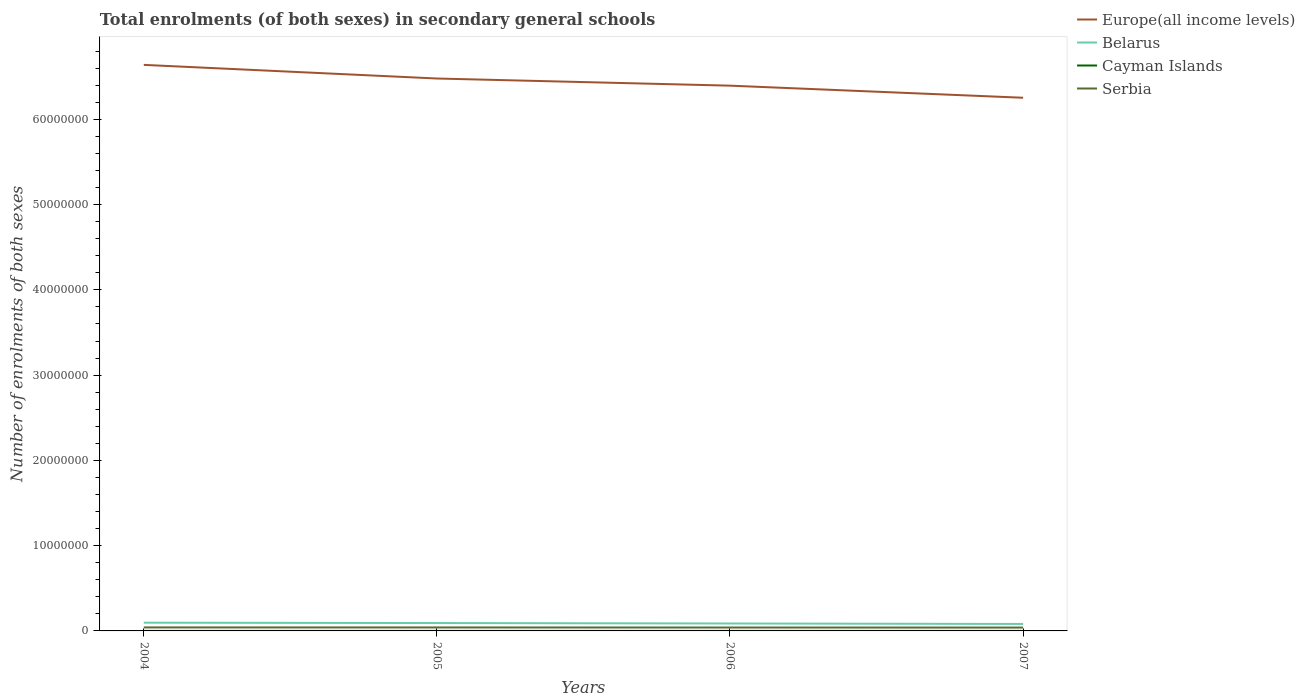
| Years | Europe(all income levels) | Belarus | Cayman Islands | Serbia |
 | --- | --- | --- | --- | --- |
 | 2004 | 6.64e+07 | 9.65e+05 | 2.7e+03 | 4.1e+05 |
 | 2005 | 6.48e+07 | 9.24e+05 | 2.82e+03 | 4.06e+05 |
 | 2006 | 6.4e+07 | 8.73e+05 | 2.9e+03 | 4e+05 |
 | 2007 | 6.25e+07 | 8.18e+05 | 3.01e+03 | 3.95e+05 |